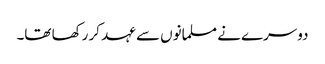
دوسرے نے مسلمانوں سے عہد کر رکھا تھا۔